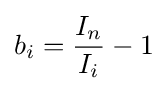
b_{i}={\frac {I_{n}}{I_{i}}}-1